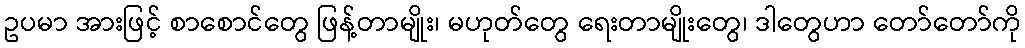
ဥပမာ အားဖြင့် စာစောင်တွေ ဖြန့်တာမျိုး၊ မဟုတ်တွေ ရေးတာမျိုးတွေ၊ ဒါတွေဟာ တော်တော်ကို